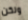
ولكن